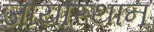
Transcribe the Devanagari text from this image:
जायास्थान